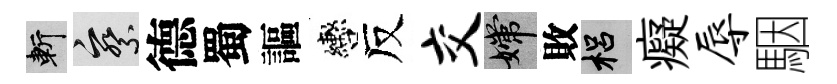
斬察德蜀謳轡反交嫦敗梠癡辱駰